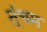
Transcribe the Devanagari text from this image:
त्ंचम